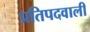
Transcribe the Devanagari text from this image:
प्रतिपदवाली